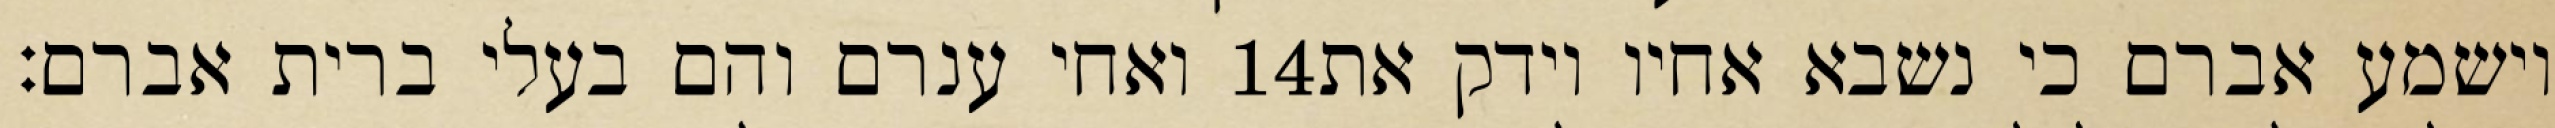
ואחי ענרם והם בעלי ברית אברם׃ ‎14‏ וישמע אברם כי נשבא אחיו וידק את